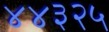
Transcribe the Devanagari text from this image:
४४३२५